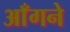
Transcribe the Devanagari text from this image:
आँगने